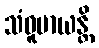
သံဓူမာယန္တိ